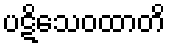
ပဋိသေဝထာတိ